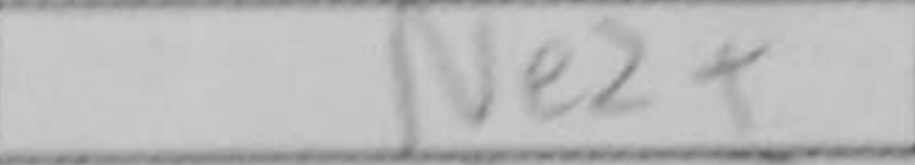
Transcription: Ne2+